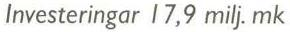
Investeringar 17,9 milj. mk